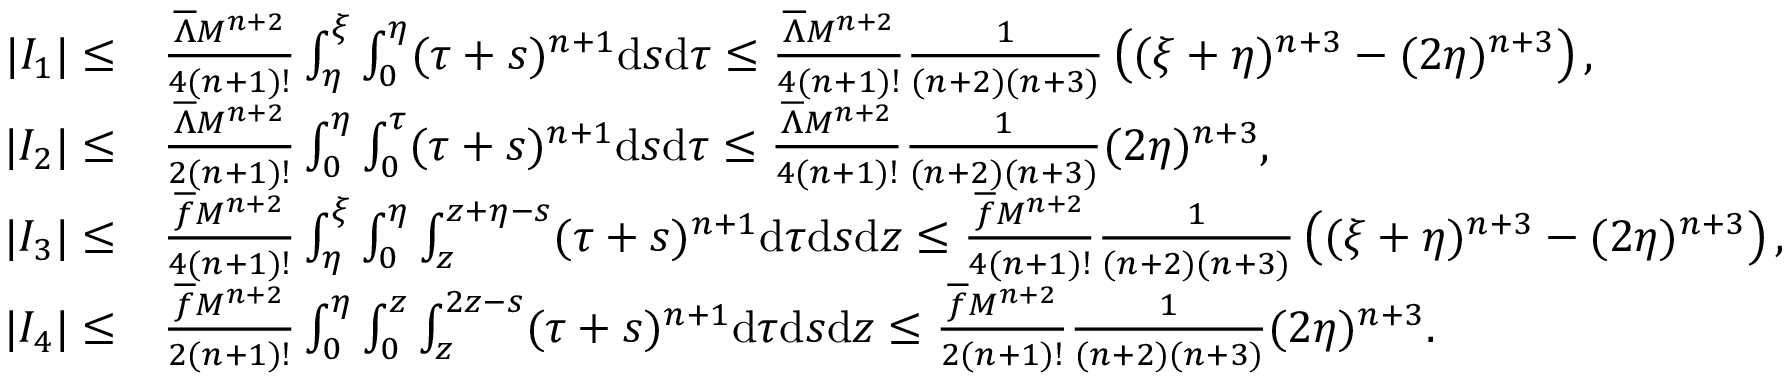
\begin{array} { r l } { | I _ { 1 } | \leq } & { \frac { { { \overline { { \Lambda } } } } M ^ { n + 2 } } { 4 ( n + 1 ) ! } \int _ { \eta } ^ { \xi } \int _ { 0 } ^ { \eta } ( \tau + s ) ^ { n + 1 } \mathrm { d } s \mathrm { d } \tau \leq \frac { { { \overline { { \Lambda } } } } M ^ { n + 2 } } { 4 ( n + 1 ) ! } \frac { 1 } { ( n + 2 ) ( n + 3 ) } \left( ( \xi + \eta ) ^ { n + 3 } - ( 2 \eta ) ^ { n + 3 } \right) , } \\ { | I _ { 2 } | \leq } & { \frac { { { \overline { { \Lambda } } } } M ^ { n + 2 } } { 2 ( n + 1 ) ! } \int _ { 0 } ^ { \eta } \int _ { 0 } ^ { \tau } ( \tau + s ) ^ { n + 1 } \mathrm { d } s \mathrm { d } \tau \leq \frac { { { \overline { { \Lambda } } } } M ^ { n + 2 } } { 4 ( n + 1 ) ! } \frac { 1 } { ( n + 2 ) ( n + 3 ) } ( 2 \eta ) ^ { n + 3 } , } \\ { | I _ { 3 } | \leq } & { \frac { \overline { { f } } M ^ { n + 2 } } { 4 ( n + 1 ) ! } \int _ { \eta } ^ { \xi } \int _ { 0 } ^ { \eta } \int _ { z } ^ { z + \eta - s } ( \tau + s ) ^ { n + 1 } \mathrm { d } \tau \mathrm { d } s \mathrm { d } z \leq \frac { \overline { { f } } M ^ { n + 2 } } { 4 ( n + 1 ) ! } \frac { 1 } { ( n + 2 ) ( n + 3 ) } \left( ( \xi + \eta ) ^ { n + 3 } - ( 2 \eta ) ^ { n + 3 } \right) , } \\ { | I _ { 4 } | \leq } & { \frac { \overline { { f } } M ^ { n + 2 } } { 2 ( n + 1 ) ! } \int _ { 0 } ^ { \eta } \int _ { 0 } ^ { z } \int _ { z } ^ { 2 z - s } ( \tau + s ) ^ { n + 1 } \mathrm { d } \tau \mathrm { d } s \mathrm { d } z \leq \frac { \overline { { f } } M ^ { n + 2 } } { 2 ( n + 1 ) ! } \frac { 1 } { ( n + 2 ) ( n + 3 ) } ( 2 \eta ) ^ { n + 3 } . } \end{array}